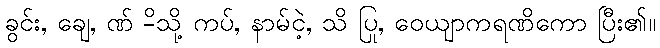
ခွင်း, ချေ, ဏ် -ိသို့ ကပ်, နာမ်ငဲ့, သိ ပြု, ဝေယျာကရဏိကော ပြီး၏။